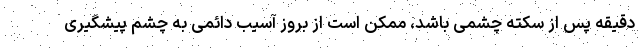
دقیقه پس از سکته چشمی باشد، ممکن است از بروز آسیب دائمی به چشم پیشگیری